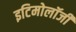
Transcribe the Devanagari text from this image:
इटिमोलॉजी